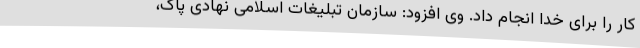
کار را برای خدا انجام داد. وی افزود: سازمان تبلیغات اسلامی نهادی پاک،